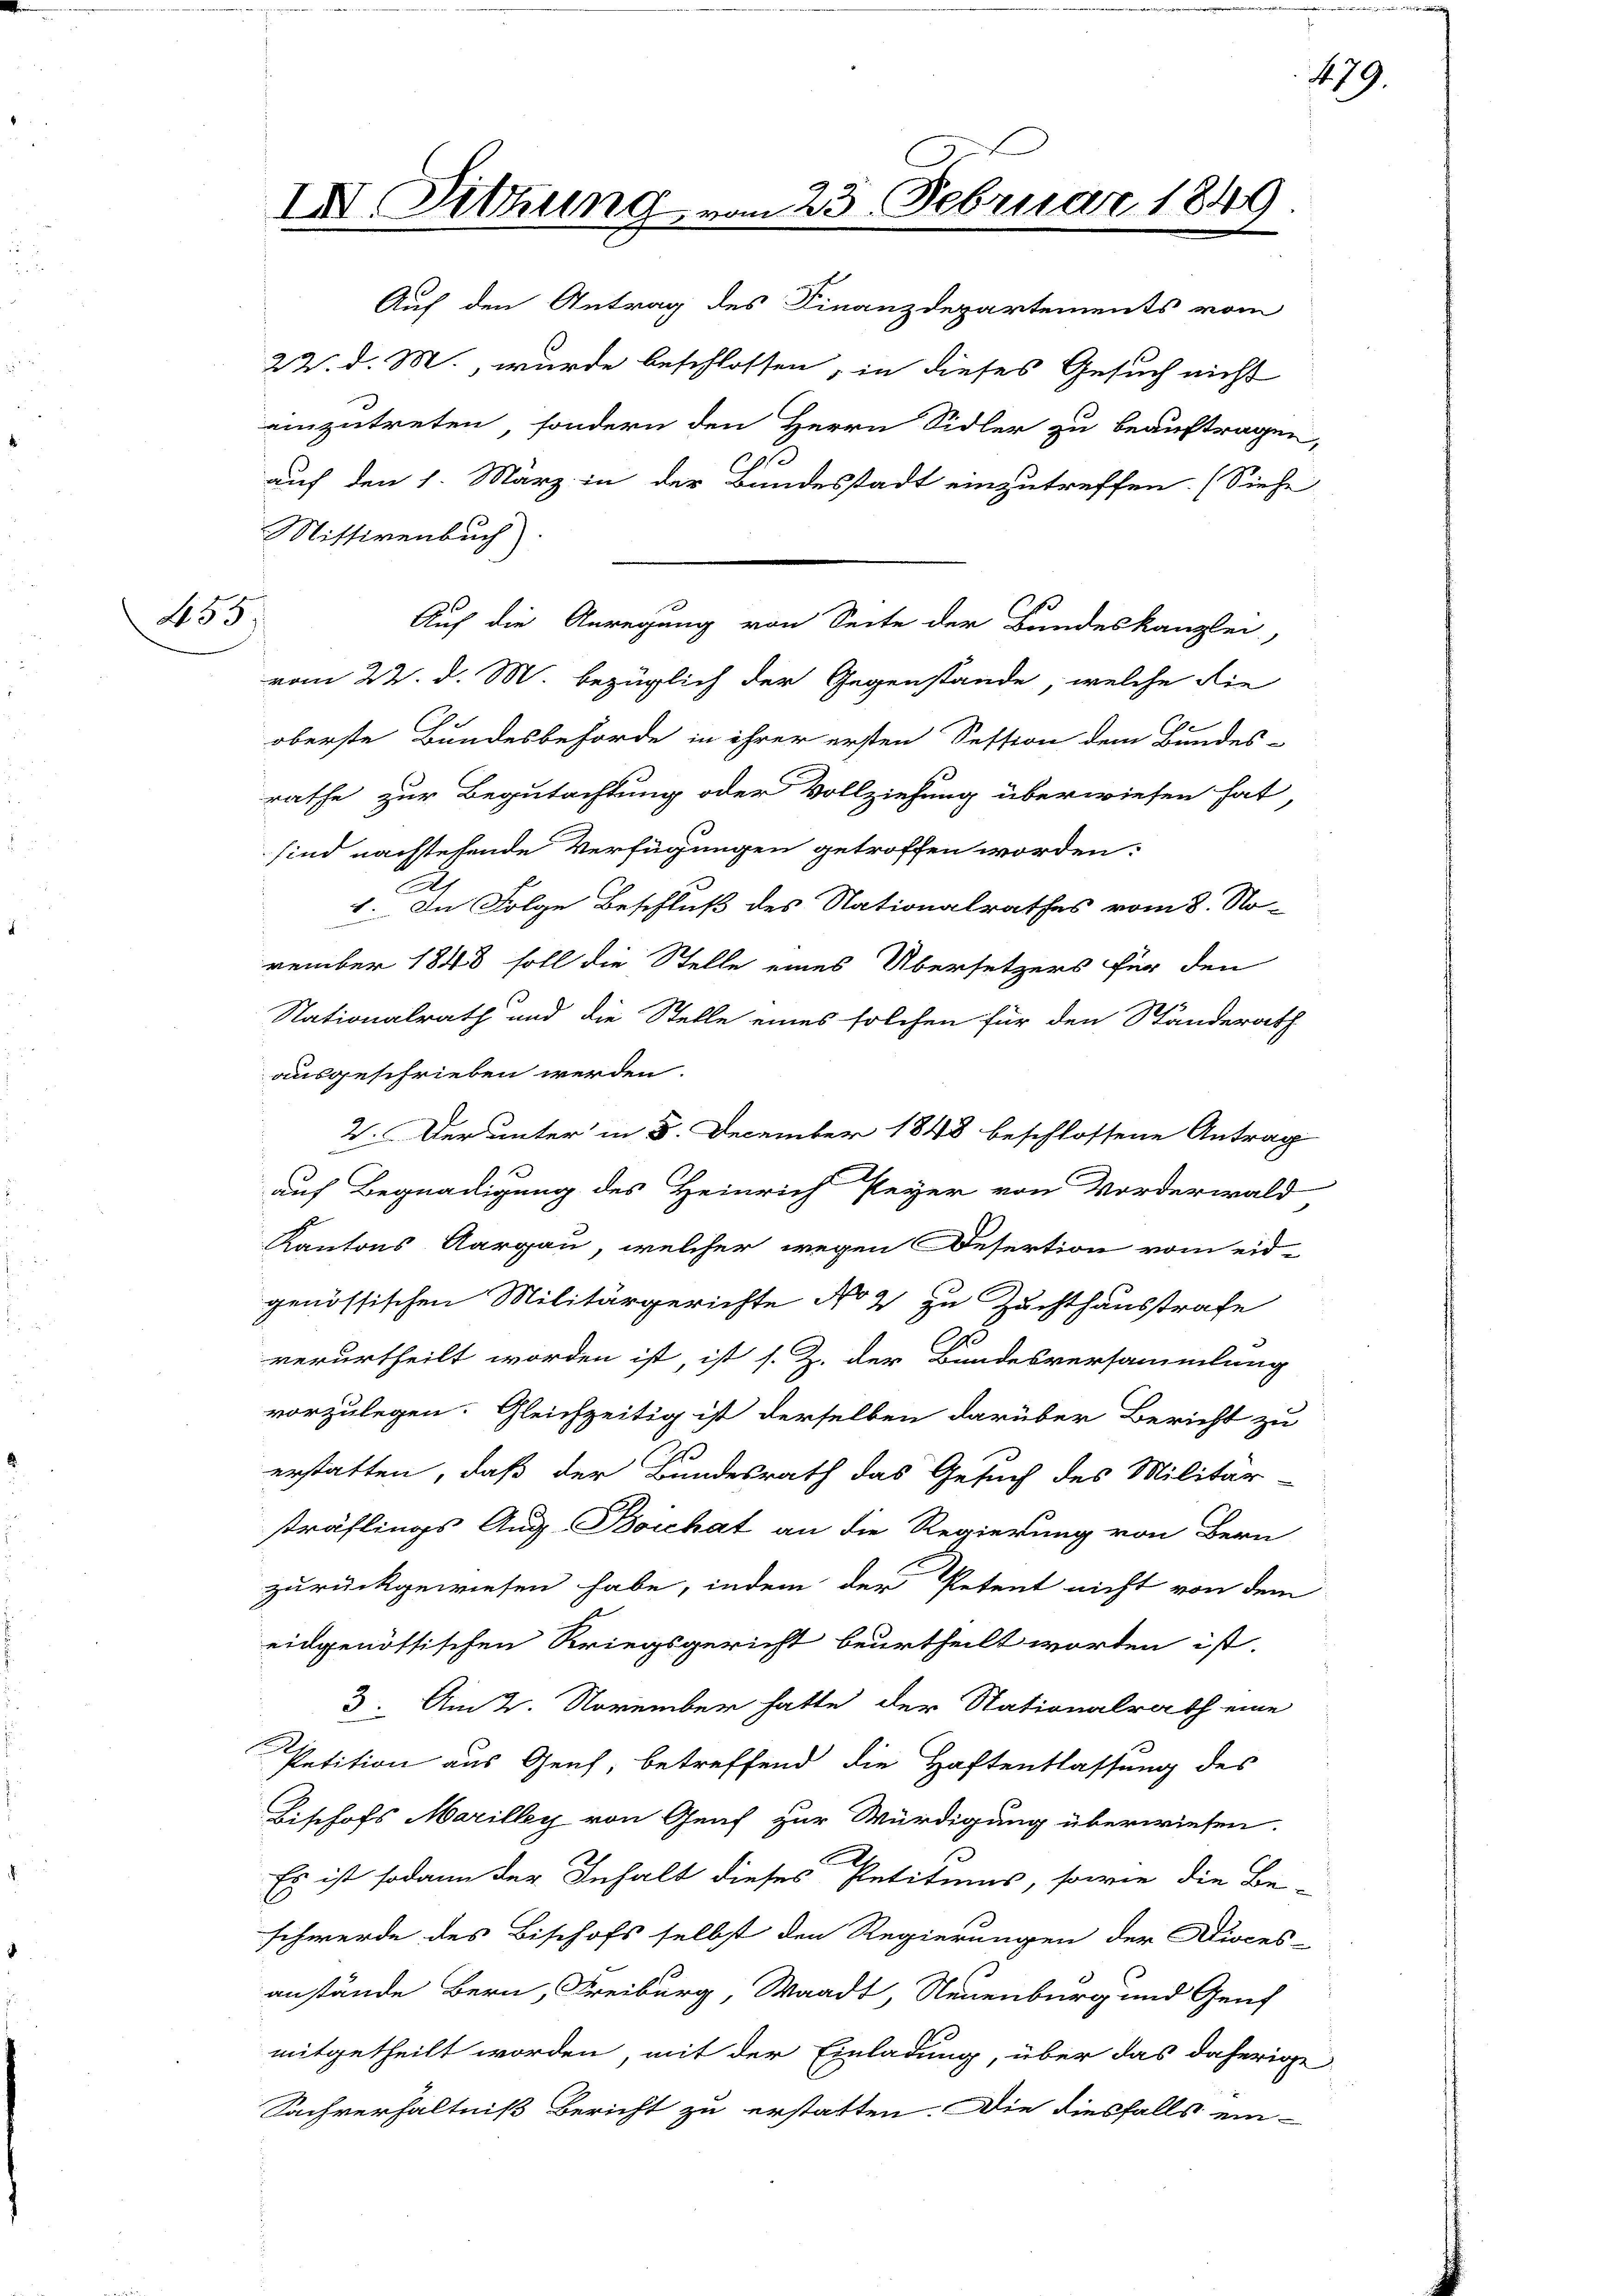
55

II. Sitzung vom 23. Februar 1849
Auf den Antrag des Finanzdepartements vom

Mittirenbuch)

Auf die Anregung von Seite der Bandeskanzlei,

22. d. M., wurde beschlossen, in dieses Gesuch nicht
einzutreten, sondern den Herrn Sidler zu beauftragen,
e
auf den 1. März in der Bundesstadt einzutreffen. (Siehe
vom 22. d. M. bezüglich der Gegenstände, welche die
oberste Bundesbehörde in ihrer ersten Session dem Bundes-
rathe zur Begutachtung oder Vollziehung überwiesen hat
sind nachstehende Verfügungen getroffen worden:
1. In Folge Beschluß des Nationalrathes vom 8. No-
vember 1848 soll die Stelle eines Übersetzers für den
Nationalrath und die Stelle eines solchen für den Ständerath
ausgeschrieben werden.
2. Der unter in 8. December 1848 beschlossene Antrag
auf Begnadigung des Heinrich Peyer von Vorderwald
Kantons Aargau, welcher wegen Desertion vom eid-
genössischen Militärgerichte No 2 zu Zuchthausstrafe
A
verurtheilt worden ist, ist s. Z. der Bundesversammlung
vorzulegen. Gleichzeitig ist derselben darüber Bericht zu
erstatten, daß der Bundesrath das Gesuch des Militär-
sträflings Aug. Boichat an die Regierung von Bern
zurückgewiesen habe, indem der Petent nicht von dem
eidgenössischen Kriegsgericht beurtheilt worden ist.
3. Am 2. November hatte der Nationalrath eine
Petition aus Genf, betreffend die Haftentlassung des
Bischofs Marilley von Genf zur Würdigung überwiesen.
Es ist sodann der Inhalt dieses Petitums, sowie die Be-
schwerde des Bischofs selbst den Regierungen der Dioces-
anstände Bern, Freiburg, Waadt, Neuenburg und Genf
mitgetheilt worden, mit der Einladung, über das daherige
Sachverhältniß bericht zu erstatten. Die diesfalls ein-

479.